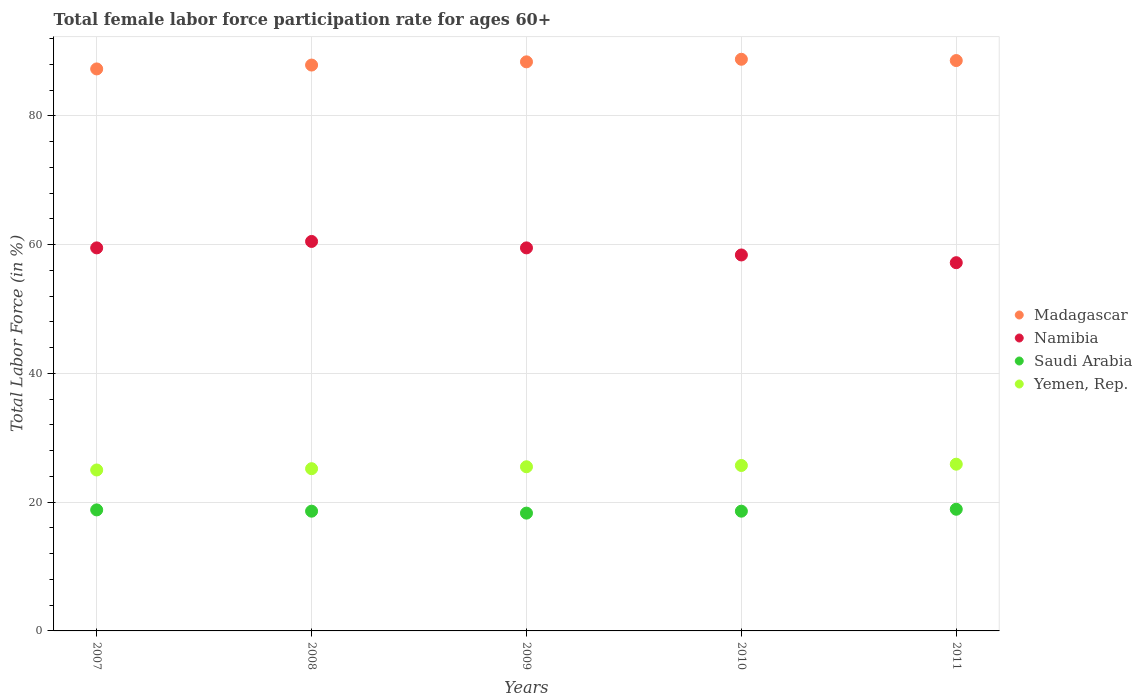
| Years | Madagascar | Namibia | Saudi Arabia | Yemen, Rep. |
 | --- | --- | --- | --- | --- |
 | 2007 | 87.3 | 59.5 | 18.8 | 25 |
 | 2008 | 87.9 | 60.5 | 18.6 | 25.2 |
 | 2009 | 88.4 | 59.5 | 18.3 | 25.5 |
 | 2010 | 88.8 | 58.4 | 18.6 | 25.7 |
 | 2011 | 88.6 | 57.2 | 18.9 | 25.9 |